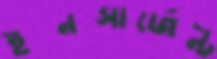
ইনসার্জেন্ট